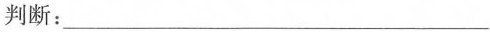
判断：___